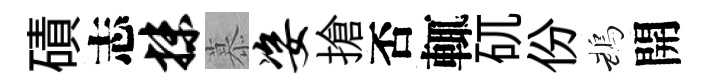
磧志抹慕姿搶否輒矹份鵡開